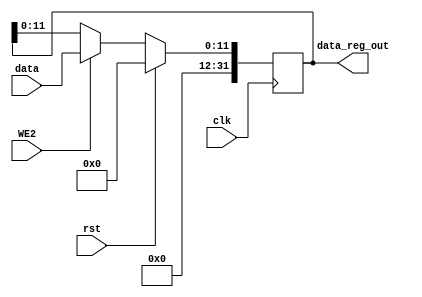
module data_reg_XADC (input [11:0] data, input WE2,clk,rst, output [31:0] data_reg_out);
reg [31:0] data_reg;
always @(posedge clk) begin
    if (rst) data_reg<=0;
    else begin
        if (WE2) begin
            data_reg[11:0] <= data;
        end
        else data_reg[11:0] <= data_reg[11:0];
    end
    data_reg[31:12]<=0;
end
assign data_reg_out={20'b0,data_reg};
endmodule